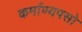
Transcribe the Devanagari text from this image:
कर्माण्यपसो